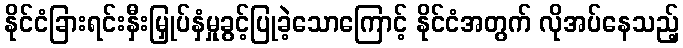
နိုင်ငံခြားရင်းနှီးမြှုပ်နှံမှုခွင့်ပြုခဲ့သောကြောင့် နိုင်ငံအတွက် လိုအပ်နေသည့်